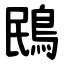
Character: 鴖